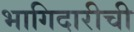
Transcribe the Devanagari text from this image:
भागिदारीची